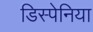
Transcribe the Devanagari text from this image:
डिस्पेनिया